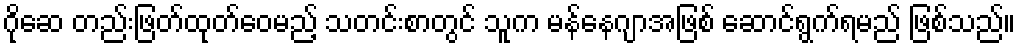
ဂိုဆေ တည်းဖြတ်ထုတ်ဝေမည့် သတင်းစာတွင် သူက မန်နေဂျာအဖြစ် ဆောင်ရွက်ရမည် ဖြစ်သည်။